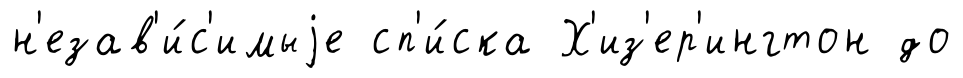
н'езав'и́с'имыjе сп'и́ска Х'из'ер'ингтон до